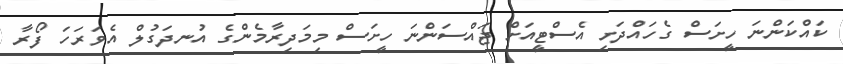
ކައްކަންނަ ހީށަސް ގެހައްދަށި އެސްޓީއަށް ޖައްސަންނަ ހީށަސް މިމަދިރާމެންގެ އުނދަގުލް އެވަރަހަ ފޯރާ